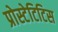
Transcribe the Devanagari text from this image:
प्रोस्टेटिटिस